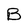
Character: B